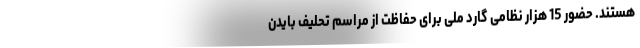
هستند. حضور 15 هزار نظامی گارد ملی برای حفاظت از مراسم تحلیف بایدن